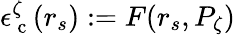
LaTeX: \epsilon_{\mathrm{~c~}}^{\zeta}(r_{s}):=F(r_{s},P_{\zeta})